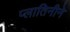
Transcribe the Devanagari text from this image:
प्लातिनीने